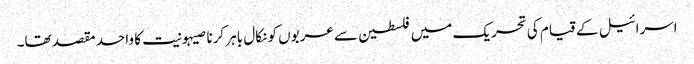
اسرائیل کے قیام کی تحریک میں فلسطین سے عربوں کو نکال باہر کرنا صیہونیت کا واحد مقصد تھا۔